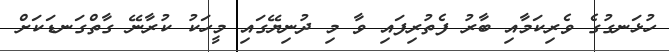
ހުޅަނގުގެ ވެރިކަމާއި ބާރު ފެތުރިފައި ވާ މި ދުނިޔޭގައި މީހަކު ކުރާނޭ ގާތްގަނޑަކަށް